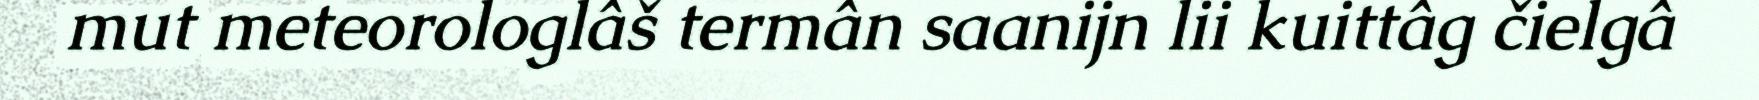
mut meteorologlâš termân saanijn lii kuittâg čielgâ